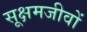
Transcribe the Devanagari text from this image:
सूक्षमजीवों